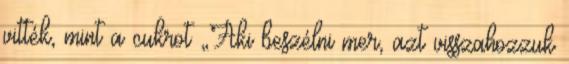
vitték, mint a cukrot „Aki beszélni mer, azt visszahozzuk